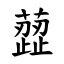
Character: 䔼